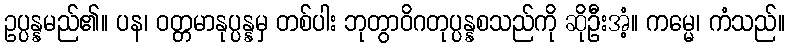
ဥပ္ပန္နမည်၏။ ပန၊ ဝတ္တမာနုပ္ပန္နမှ တစ်ပါး ဘုတွာဝိဂတုပ္ပန္နစသည်ကို ဆိုဦးအံ့။ ကမ္မေ၊ ကံသည်။